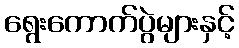
ရွေးကောက်ပွဲများနှင့်